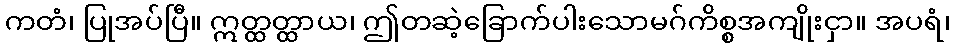
ကတံ၊ ပြုအပ်ပြီ။ ဣတ္ထတ္ထာယ၊ ဤတဆဲ့ခြောက်ပါးသောမဂ်ကိစ္စအကျိုးငှာ။ အပရံ၊